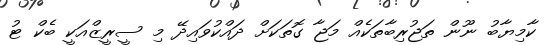
ކާމިޔާބު ނޫން ތަޖުރިބާތަކެއް މަޖާ ގޮތަކަށް ދައްކުވައިދޭ މި ސީރީޒްއަކީ ބެކް ޓު